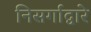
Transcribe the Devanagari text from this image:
निसर्गाद्वारे